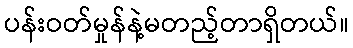
ပန်းဝတ်မှုန်နဲ့မတည့်တာရှိတယ်။